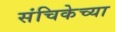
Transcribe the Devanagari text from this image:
संचिकेच्या